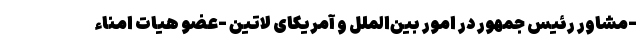
-مشاور رئیس جمهور در امور بین‌الملل و آمریکای لاتین -عضو هیات امناء